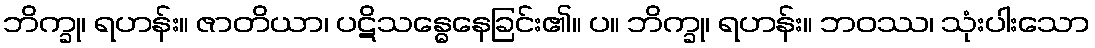
ဘိက္ခု၊ ရဟန်း။ ဇာတိယာ၊ ပဋိသန္ဓေနေခြင်း၏။ ပ။ ဘိက္ခု၊ ရဟန်း။ ဘဝဿ၊ သုံးပါးသော